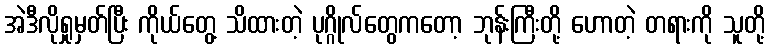
အဲဒီလိုရှုမှတ်ပြီး ကိုယ်တွေ့ သိထားတဲ့ ပုဂ္ဂိုလ်တွေကတော့ ဘုန်းကြီးတို့ ဟောတဲ့ တရားကို သူတို့